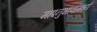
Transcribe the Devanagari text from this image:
महानुभावांमध्ये